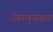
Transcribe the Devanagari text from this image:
रोगाणुनाशन